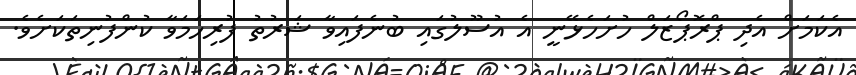
އެކަމަށް އެދި ޕްރޮޕޯޒަލް ހުށަހެޅޭނީ އެ އުސޫލުގައި ބުނެފައިވާ ޝަރުތު ފުރިހަމަވާ ކުންފުނިތަކަށެވެ.